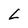
Character: L